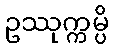
ဥဿုက္ကမ္ပိ